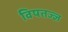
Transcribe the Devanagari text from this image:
विषतज्ज्ञ